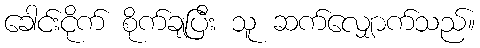
ခေါင်းငိုက် စိုက်ချပြီး သူ ဆက်လျှောက်သည်။